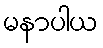
မနာပါယ